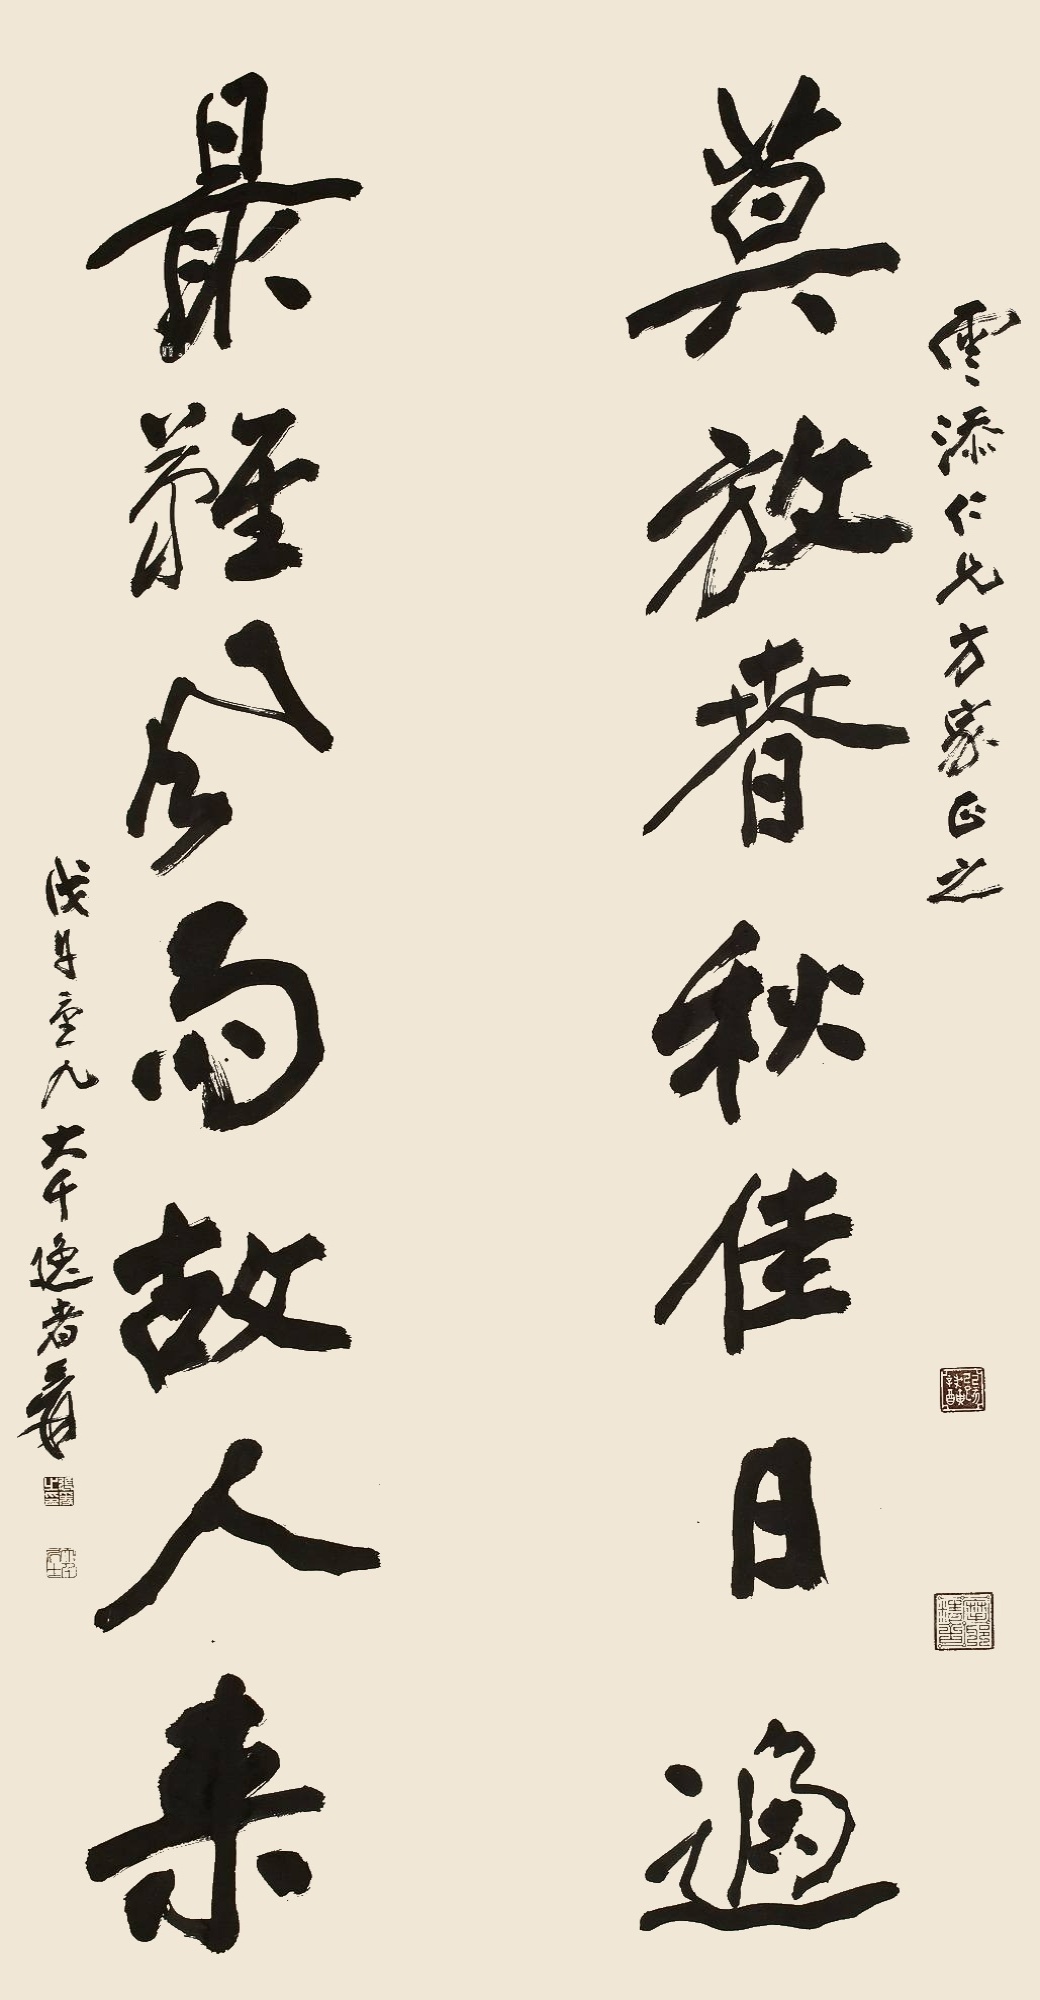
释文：莫放春秋佳日过，最难风雨故人来。云添仁兄方家正之。戊午重九。大千逸者爰。